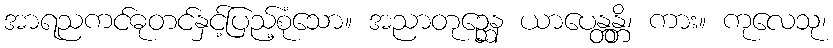
အာရညကင်ဓုတင်နှင့်ပြည့်စုံသော။ အညာတုဉ္ဆေန ယာပေန္တန္တိ၊ ကား။ ကုလေသု၊